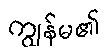
ကျွန်မ၏